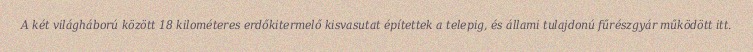
A két világháború között 18 kilométeres erdőkitermelő kisvasutat építettek a telepig, és állami tulajdonú fűrészgyár működött itt.